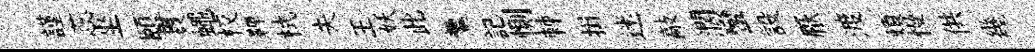
謹蕊坐頤貫蠅校鞞栻夫王妖此羹記惻棘揖迷敲濶蠻設厭渡煩慢供幾